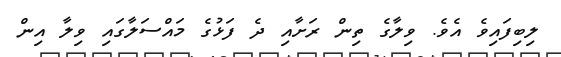
ލިބިފައިވެ އެވެ. ވިލާގެ ތިން ރަށާއި ދެ ފަޅުގެ މައްސަލާގައި ވިލާ އިން